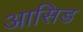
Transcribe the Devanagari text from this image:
आसिड